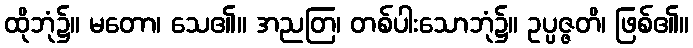
ထိုဘုံ၌။ မတော၊ သေ၏။ အညတြ၊ တစ်ပါးသောဘုံ၌။ ဥပ္ပဇ္ဇတိ၊ ဖြစ်၏။